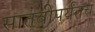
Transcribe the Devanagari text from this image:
सातवीपर्यंतच